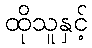
ထိုသူနှင့်